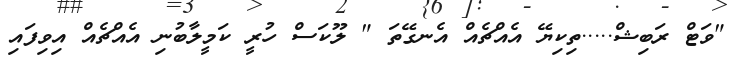
"ވަޓް ރަބިޝް.....ތިކިޔޭ އެއްޗެއް އެނގޭތަ " ލޫކަސް ހުރީ ކަމީލާބުނި އެއްޗެއް އިވިފައި